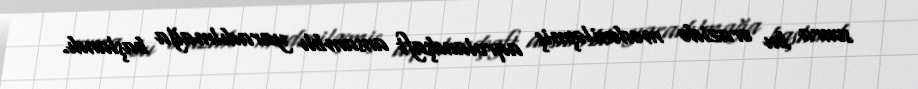
sonra bu ərazidə mədəniləşmiş aqrolandşaft ansamblı yaradılmağa başlandı.